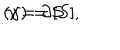
( \gamma ) = [ S ] , \hspace { 5 m m } \gamma = \partial S